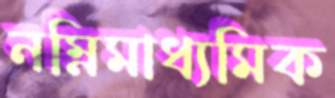
নম্নিমাধ্যমিক